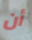
أن